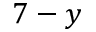
7 - y